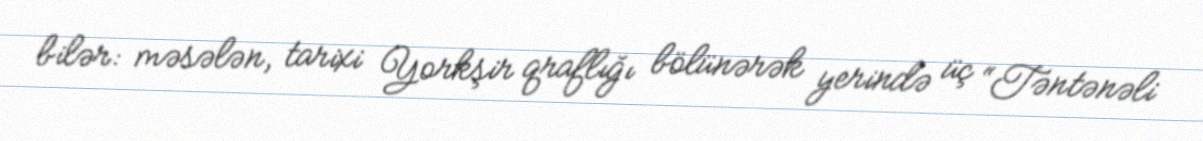
bilər: məsələn, tarixi Yorkşir qraflığı bölünərək yerində üç “Təntənəli